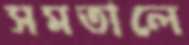
সমতালে